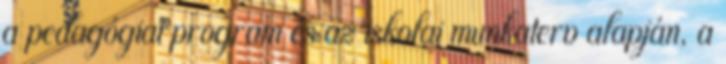
a pedagógiai program és az iskolai munkaterv alapján, a